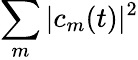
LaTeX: \sum_{m}|c_{m}(t)|^{2}